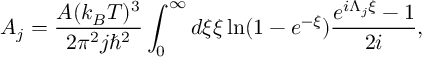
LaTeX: A _ { j } = \frac { A ( k _ { B } T ) ^ { 3 } } { 2 \pi ^ { 2 } j \hbar ^ { 2 } } \int _ { 0 } ^ { \infty } d \xi \xi \ln ( 1 - e ^ { - \xi } ) \frac { e ^ { i \Lambda _ { j } \xi } - 1 } { 2 i } ,